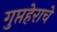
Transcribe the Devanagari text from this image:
गुप्तहेराचे